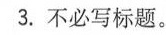
3.不必写标题.